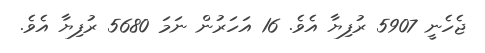
ޖެހެނީ 5907 ރުފިޔާ އެވެ. 16 އަހަރުން ނަމަ 5680 ރުފިޔާ އެވެ.